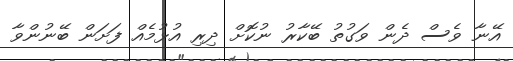
އޭނާ ވެސް ދެން ވަގުތު ބޭކާރު ނުކޮށް ދިރި އުޅުމެއް ފަށަން ބޭނުންވާ